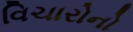
વિચારોનો